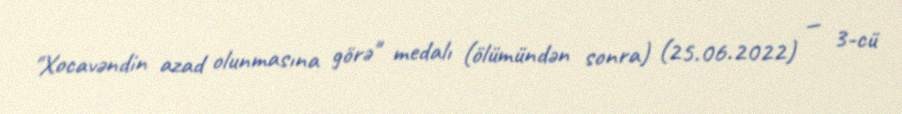
"Xocavəndin azad olunmasına görə" medalı (ölümündən sonra) (25.06.2022) — 3-cü